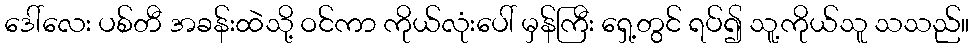
ဒေါ်လေး ပစ်တီ အခန်းထဲသို့ ဝင်ကာ ကိုယ်လုံးပေါ် မှန်ကြီး ရှေ့တွင် ရပ်၍ သူ့ကိုယ်သူ သသည်။